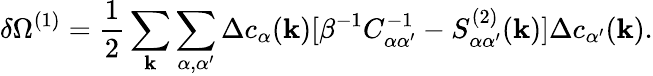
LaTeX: \delta\Omega^{(1)}=\frac{1}{2}\sum_{\mathbf k}\sum_{\alpha,\alpha^{\prime}}\Delta c_{\alpha}({\mathbf k})[\beta^{-1}C_{\alpha\alpha^{\prime}}^{-1}-S_{\alpha\alpha^{\prime}}^{(2)}({\mathbf k})]\Delta c_{\alpha^{\prime}}({\mathbf k}).